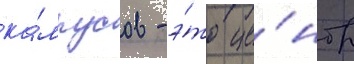
ка́мпусов - э́то це́нтр